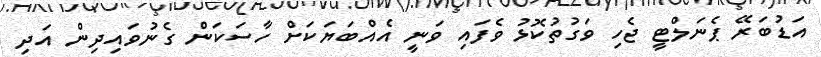
އަޑުބަރޭ ޕެނަލްޓީ ޖެހި ވަގުތުކޮޅު ވެފައި ވަނީ އެއްބަޔަކަށް ހާސަކަން ގެނުވައިދިން އަދި